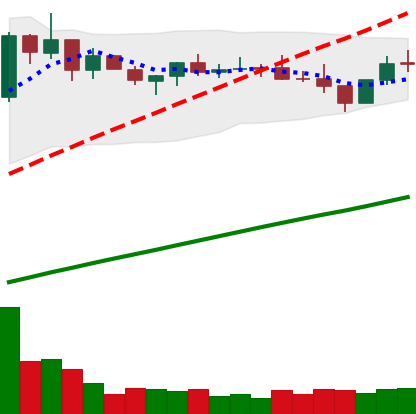
Ticker: BNB-USD
Chart end date: 2021-03-28
Forward return: 25.936%
Label: up_7plus